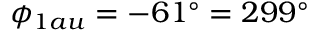
\phi _ { 1 a u } = - 6 1 ^ { \circ } = 2 9 9 ^ { \circ }